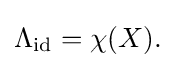
\Lambda _{\mathrm {id} }=\chi (X).\